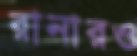
রানারও